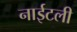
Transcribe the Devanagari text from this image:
नाईटली